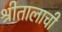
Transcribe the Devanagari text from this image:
श्रीतालाची